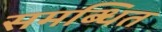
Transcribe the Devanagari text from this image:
समब्धित